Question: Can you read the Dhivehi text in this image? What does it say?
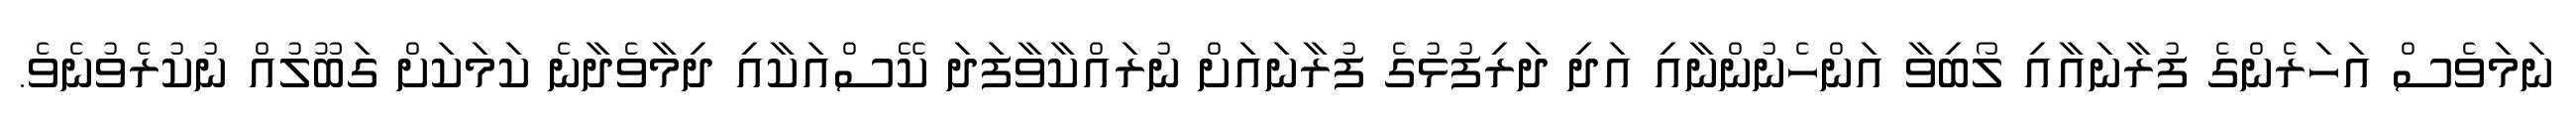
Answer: ނަމަވެސް އަހަރެންގެ ފުރާނައާއި ލޯބިވާ އަންހެނުންނާއި އަދި ދަރިފުޅުގެ ފުރާނައަށް ނުރައްކާވާފަދަ ކޭސްއަކާއި ދިމާވެދާނެ ކަމަކަށް ގަބޫލުއް ނުކުރެވުނެވެ.